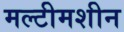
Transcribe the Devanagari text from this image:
मल्टीमशीन